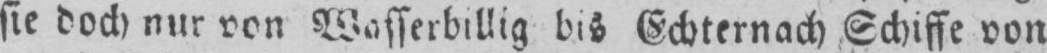
sie doch nur von Wasserbillig bis Echternach Schiffe von